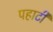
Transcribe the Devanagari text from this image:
पहाटी